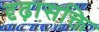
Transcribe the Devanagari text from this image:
दृढ़ासक्ति